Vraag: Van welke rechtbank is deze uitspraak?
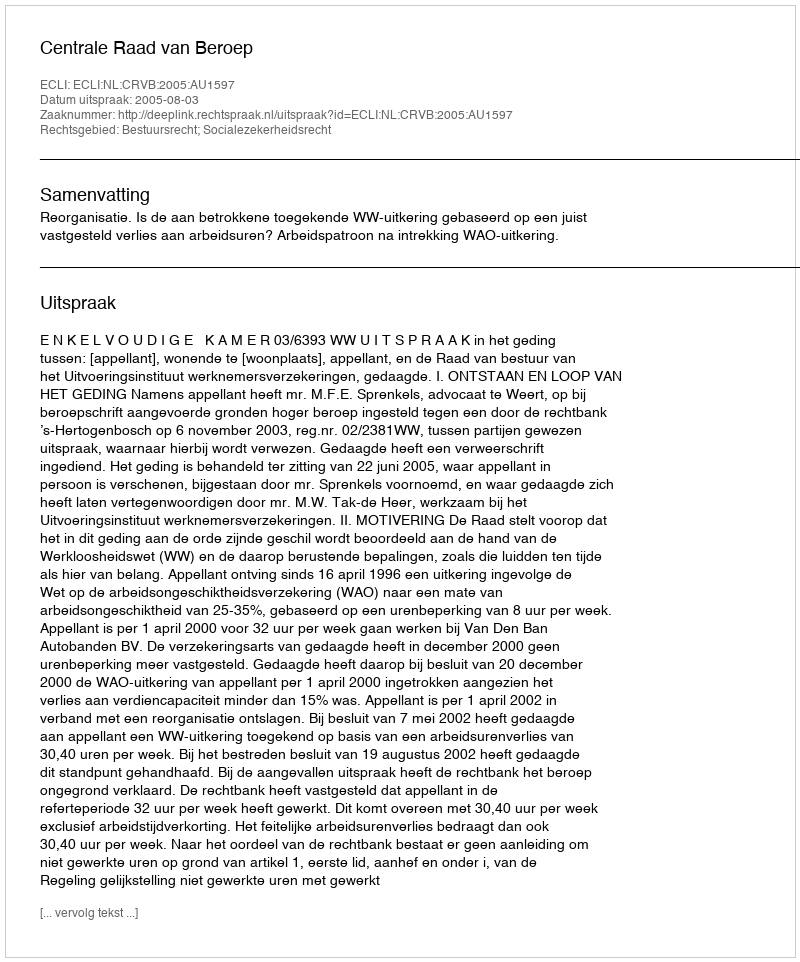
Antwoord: Centrale Raad van Beroep